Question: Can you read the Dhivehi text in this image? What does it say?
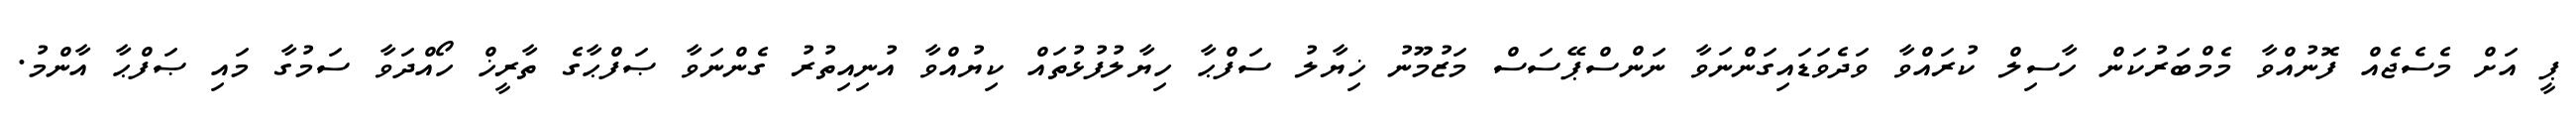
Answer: ޕީ އަށް މެސެޖެއް ފޮނުއްވާ މެމްބަރުކަން ހާސިލް ކުރައްވާ ވަދެވަޑައިގަންނަވާ ނަންސްޕޭސަސް މަޒުމޫނު ޚިޔާލު ސަފްޙާ ހިޔާލުފުޅުތައް ކިޔުއްވާ އުނިއިތުރު ގެންނަވާ ޞަފްޙާގެ ތާރީޚް ހޯއްދަވާ ސަމުގާ މައި ޞަފްޙާ އާންމު.